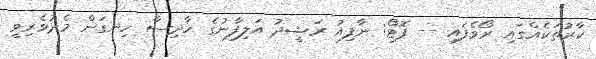
ކާރުތަކެއްގައި ރޯވެފައި -- ފޮޓޯ: ނާފިއު ރަޝީދު އަލިފާނުގެ ހާދިސާ ހިނގަން މެދުވެރިވީ